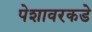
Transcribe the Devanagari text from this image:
पेशावरकडे